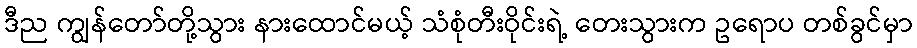
ဒီည ကျွန်တော်တို့သွား နားထောင်မယ့် သံစုံတီးဝိုင်းရဲ့ တေးသွားက ဥရောပ တစ်ခွင်မှာ